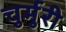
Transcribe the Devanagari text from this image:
चुर्मुरी